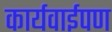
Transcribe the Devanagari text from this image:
कार्यवाईपण